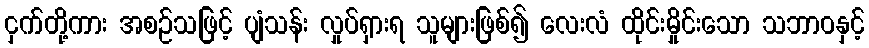
ငှက်တို့ကား အစဉ်သဖြင့် ပျံသန်း လှုပ်ရှားရ သူများဖြစ်၍ လေးလံ ထိုင်းမှိုင်းသော သဘာဝနှင့်